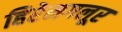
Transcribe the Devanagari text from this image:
हिरेमगलूर